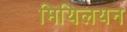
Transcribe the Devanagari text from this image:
मियिलयन